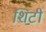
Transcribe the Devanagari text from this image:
शिटी